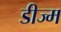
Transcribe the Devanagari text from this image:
डीज्म